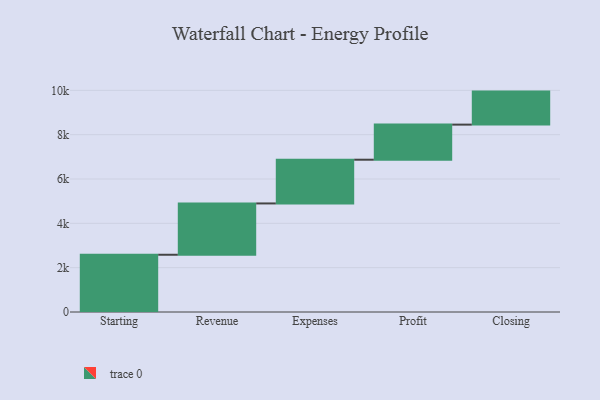
{"axis": {"x": "Step", "y": "Value"}, "legend": [""], "data": [{"x": "Starting", "y": 2583.0, "type": ""}, {"x": "Revenue", "y": 2315.0, "type": ""}, {"x": "Expenses", "y": 1973.0, "type": ""}, {"x": "Profit", "y": 1583.0, "type": ""}, {"x": "Closing", "y": 1490.0, "type": ""}]}